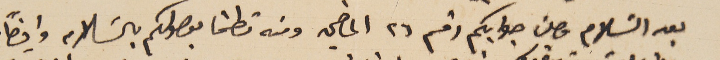
بعد السَلام وصلني جوابكم رقم ٦٢ الماضي ومنه تطمنا بوصولكم بالسَلام وايضاً